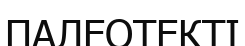
ПАЛЕОТЕКТІ